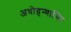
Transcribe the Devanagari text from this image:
अधोहन्वास्थि